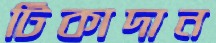
টিকাদান